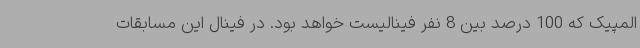
المپیک که 100 درصد بین 8 نفر فینالیست خواهد بود. در فینال این مسابقات